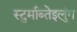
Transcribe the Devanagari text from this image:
स्टुर्माब्तेइलुंग